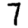
Digit: 7